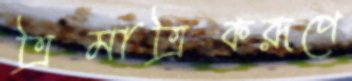
ত্রিমাত্রিকরূপে